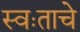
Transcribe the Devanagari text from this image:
स्वःताचे